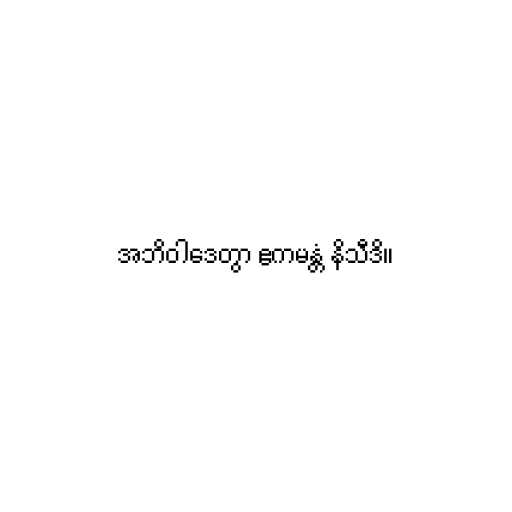
အဘိဝါဒေတွာ ဧကမန္တံ နိသီဒိ။